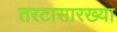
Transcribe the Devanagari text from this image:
तरटासारख्या